Leaving Certificate Examination (including Day School Certificate (Higher) General paper), 1932
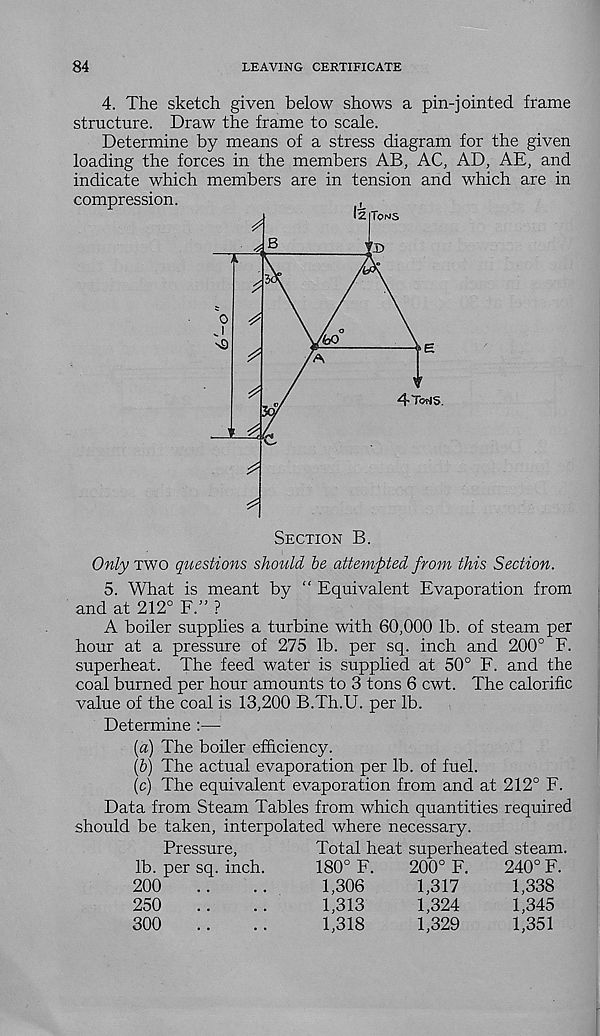
84
LEAVING CERTIFICATE
4. The sketch given below shows a pin-jointed frame
structure. Draw the frame to scale.
Determine by means of a stress diagram for the given
loading the forces in the members AB, AC, AD, AE, and
indicate which members are in tension and which are in
compression.
Only two questions should be attempted from this Section.
5. What is meant by “ Equivalent Evaporation from
and at 212° F.” ?
A boiler supplies a turbine with 60,000 lb. of steam per
hour at a pressure of 275 lb. per sq. inch and 200° F.
superheat. The feed water is supplied at 50° F. and the
coal burned per hour amounts to 3 tons 6 cwt. The calorific
value of the coal is 13,200 B.Th.U. per lb.
Determine :—
[a) The boiler efficiency.
(&) The actual evaporation per lb. of fuel.
(c) The equivalent evaporation from and at 212° F.
Data from Steam Tables from which quantities required
should be taken, interpolated where necessary.
Pressure,
lb. per sq. inch.
200
250
300
Total heat superheated steam.
180° F.
1,306
1,313
1,318
200° F.
1,317
1,324
1,329
240° F.
1,338
1,345
1,351